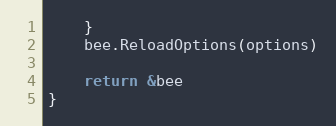
Language: Go
	}
	bee.ReloadOptions(options)

	return &bee
}